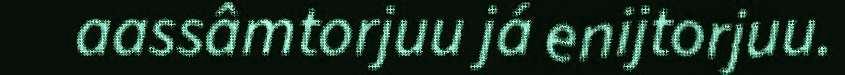
aassâmtorjuu já enijtorjuu.